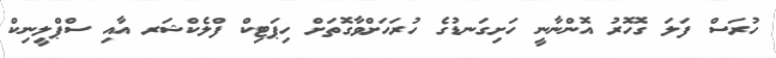
ހުރަސް ފަލަ ގޮހޮރު އޮންނާނީ ހަށިގަނޑުގެ ހުރަހަށްވާގޮތަށް ހިޕަޓިކް ފްލެކްޝަރ އާއި ސްޕްލީނިކް